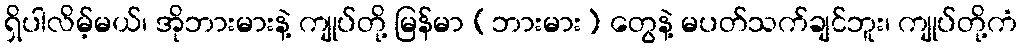
ရှိပါလိမ့်မယ်၊ အိုဘားမားနဲ့ ကျုပ်တို့ မြန်မာ (ဘားမား) တွေနဲ့ မပတ်သက်ချင်ဘူး၊ ကျုပ်တို့ကံ